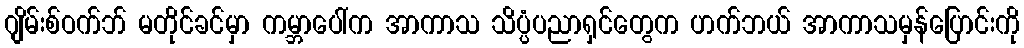
ဂျိမ်းစ်ဝက်ဘ် မတိုင်ခင်မှာ ကမ္ဘာပေါ်က အာကာသ သိပ္ပံပညာရှင်တွေက ဟက်ဘယ် အာကာသမှန်ပြောင်းကို